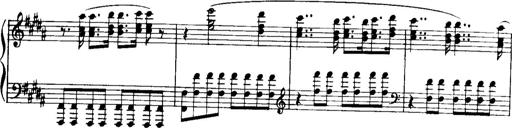
Title: Historische ungarische Bildnisse
Composer: Franz Liszt